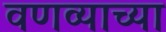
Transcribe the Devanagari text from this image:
वणव्याच्या